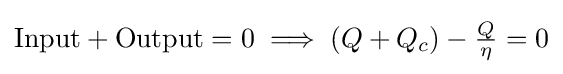
{\textstyle {\text{Input}}+{\text{Output}}=0\implies (Q+Q_{c})-{\frac {Q}{\eta }}=0}